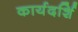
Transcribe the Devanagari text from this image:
कार्यदर्शि